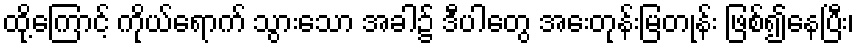
ထို့ကြောင့် ကိုယ်ရောက် သွားသော အခါ၌ ဒီပါတွေ အေးတုန်းမြတုန်း ဖြစ်၍နေပြီး၊